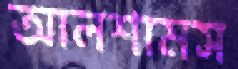
আলশামস